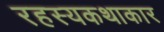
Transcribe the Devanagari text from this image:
रहस्यकथाकार